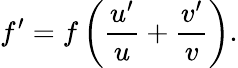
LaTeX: f^{\prime}=f\left({\frac{u^{\prime}}{u}}+{\frac{v^{\prime}}{v}}\right).